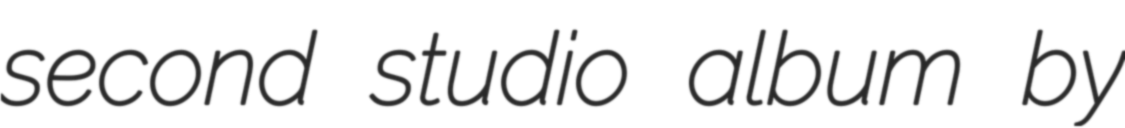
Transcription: second studio album by